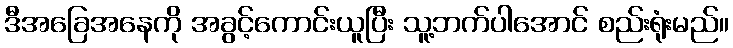
ဒီအခြေအနေကို အခွင့်ကောင်းယူပြီး သူ့ဘက်ပါအောင် စည်းရုံးမည်။